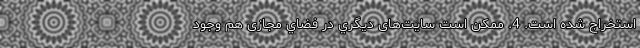
استخراج شده است. 4. ممکن است سایت‌های ديگري در فضاي مجازی هم وجود